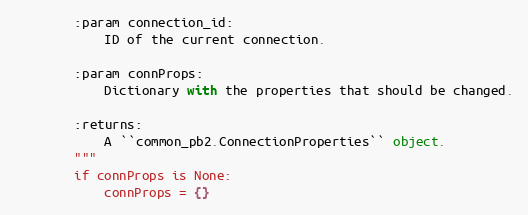
Language: Python
        :param connection_id:
            ID of the current connection.

        :param connProps:
            Dictionary with the properties that should be changed.

        :returns:
            A ``common_pb2.ConnectionProperties`` object.
        """
        if connProps is None:
            connProps = {}